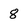
Character: 8